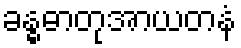
ခန္ဓဓာတုအာယတနံ